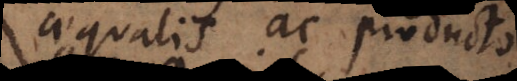
aequalis ac producto